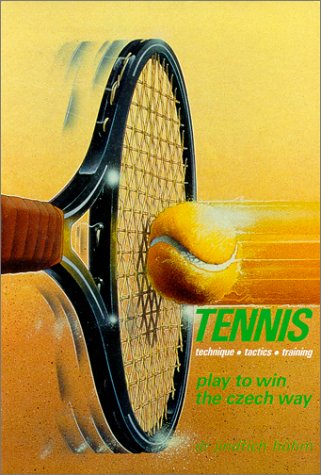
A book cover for Tennis Technique Tactics Training: Play to Win the Czech Way; J. Hohm; Sports & Outdoors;